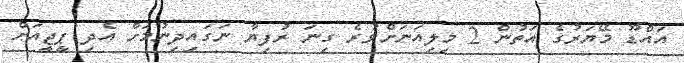
އައްޑޫ މޭޔަރުގެ އަތުން 2 މިިލިއަނަށްވުރެ ގިނަ ރުފިޔާ ނަގައިދިނުމަށް އެދި ޕީޖީއަށް